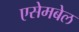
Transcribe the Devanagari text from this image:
एसेमबेल